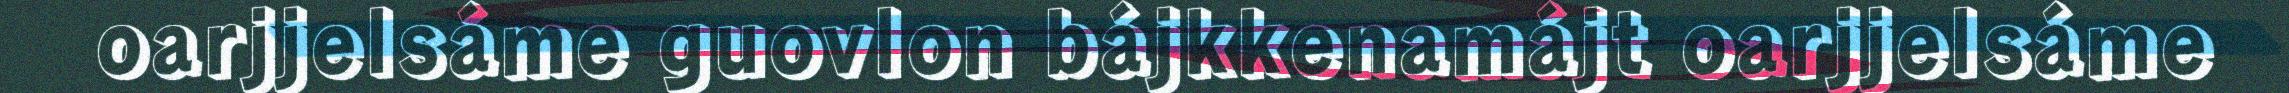
oarjjelsáme guovlon bájkkenamájt oarjjelsáme